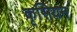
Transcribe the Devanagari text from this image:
कृसियन